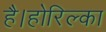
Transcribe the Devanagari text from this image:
है।होरिल्का